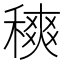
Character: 𥡠